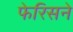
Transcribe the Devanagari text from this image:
फेरिसने